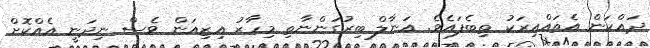
ދައްކަން އެތައްއިރަކު ތިބެފައެވެ. އަނާލް ބިރުގަންނާތި މިހާރު އިޒިއަން ވެސް ނިދަނީ އެއްކޮށް